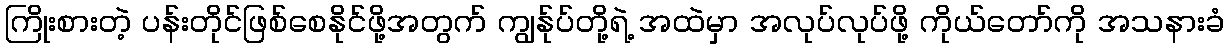
ကြိုးစားတဲ့ ပန်းတိုင်ဖြစ်စေနိုင်ဖို့အတွက် ကျွန်ုပ်တို့ရဲ့ အထဲမှာ အလုပ်လုပ်ဖို့ ကိုယ်တော်ကို အသနားခံ